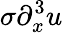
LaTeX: \sigma\partial_{x}^{3}u